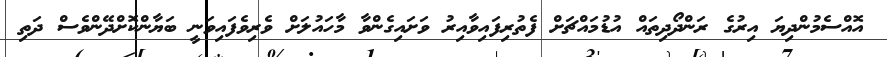
އޮއްސެމުންދިޔަ އިރުގެ ރަންދޯދިތައް އުޑުމައްޗަށް ފެތުރިފައިވާއިރު ވަށައިގެންވާ މާހައުލަށް ވެރިވެފައިވަނީ ބަޔާންކޮށްދޭންވެސް ދަތި